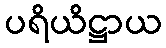
ပရိယိဋ္ဌာယ